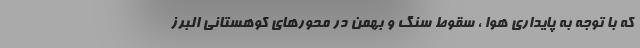
که با توجه به پایداری هوا ، سقوط سنگ و بهمن در محورهای کوهستانی البرز